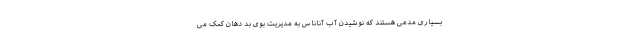
بسیاری مدعی هستند که نوشیدن آب آناناس به مدیریت بوی بد دهان کمک می